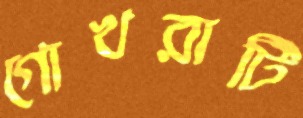
গোখরাটি